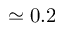
\simeq 0 . 2